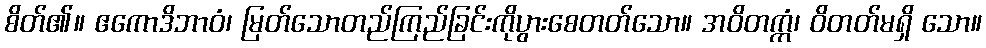
စိတ်၏။ ဧကောဒိဘာဝံ၊ မြတ်သောတည်ကြည်ခြင်းကိုပွားစေတတ်သော။ အဝိတက္ကံ၊ ဝိတတ်မရှိ သော။